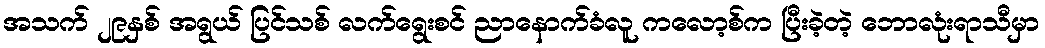
အသက် ၂၉နှစ် အရွယ် ပြင်သစ် လက်ရွေးစင် ညာနောက်ခံလူ ကလော့စ်က ပြီးခဲ့တဲ့ ဘောလုံးရာသီမှာ